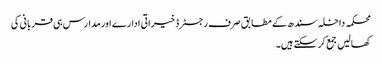
محکمہ داخلہ سندھ کے مطابق صرف رجسٹرڈ خیراتی ادارے اور مدارس ہی قربانی کی
کھالیں جمع کرسکتے ہیں۔